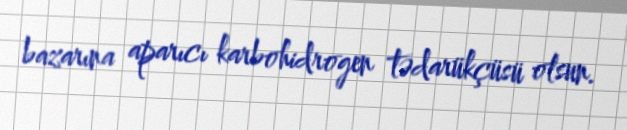
bazarına aparıcı karbohidrogen tədarükçüsü olsun.